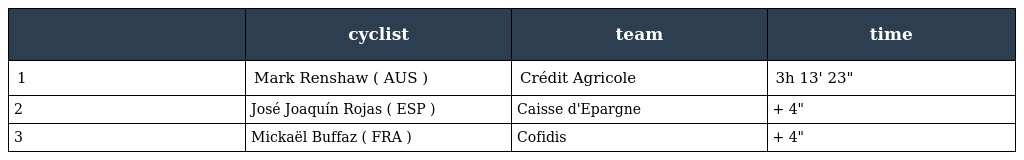
|  | cyclist | team | time |
 | --- | --- | --- | --- |
 | 1 | Mark Renshaw ( AUS ) | Crédit Agricole | 3h 13' 23" |
 | 2 | José Joaquín Rojas ( ESP ) | Caisse d'Epargne | + 4" |
 | 3 | Mickaël Buffaz ( FRA ) | Cofidis | + 4" |